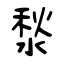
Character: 湬